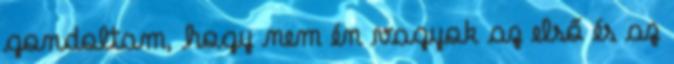
gondoltam, hogy nem én vagyok az első és az